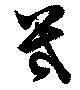
幾